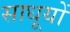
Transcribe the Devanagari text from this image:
साधूयों